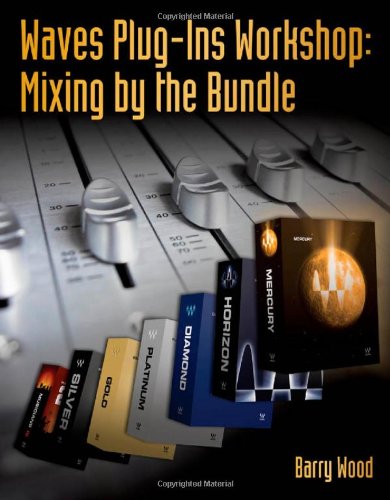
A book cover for Waves Plug-Ins Workshop: Mixing by the Bundle; Barry Wood; Computers & Technology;